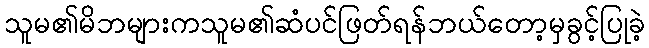
သူမ၏မိဘများကသူမ၏ဆံပင်ဖြတ်ရန်ဘယ်တော့မှခွင့်ပြုခဲ့